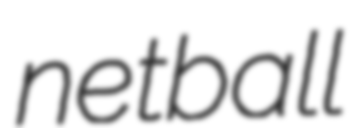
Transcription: netball